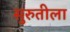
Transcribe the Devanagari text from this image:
सुरुतीला